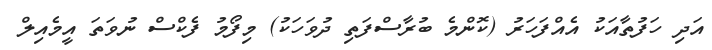
އަދި ހަފުތާއަކު އެއްފަހަރު (ކޮންމެ ބުރާސްފަތި ދުވަހަކު) މިފޯމު ފެކްސް ނުވަތަ އީމެއިލް